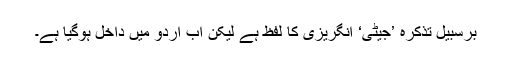
برسبیلِ تذکرہ ’جیٹی‘ انگریزی کا لفظ ہے لیکن اب اردو میں داخل ہوگیا ہے۔